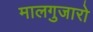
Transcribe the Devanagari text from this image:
मालगुजारो